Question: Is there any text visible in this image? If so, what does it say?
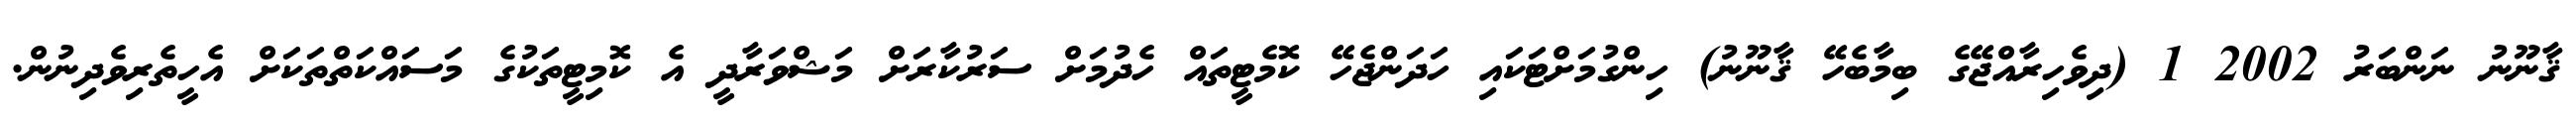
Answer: ޤާނޫނު ނަންބަރު 2002 1 (ދިވެހިރާއްޖޭގެ ބިމާބެހޭ ޤާނޫނު) ހިންގުމަށްޓަކައި ހަދަންޖެހޭ ކޮމެޓީތައް ހެދުމަށް ސަރުކާރަށް މަޝްވަރާދީ އެ ކޮމިޓީތަކުގެ މަސައްކަތްތަކަށް އެހީތެރިވެދިނުން.